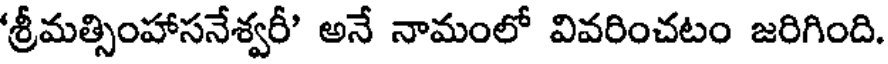
'శ్రీమత్సింహాసనేశ్వరీ' అనే నామంలో వివరించటం జరిగింది.